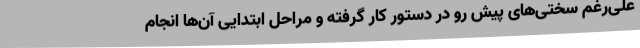
علی‌رغم سختی‌های پیش رو در دستور کار گرفته و مراحل ابتدایی آن‌ها انجام